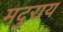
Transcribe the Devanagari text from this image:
मदुराय